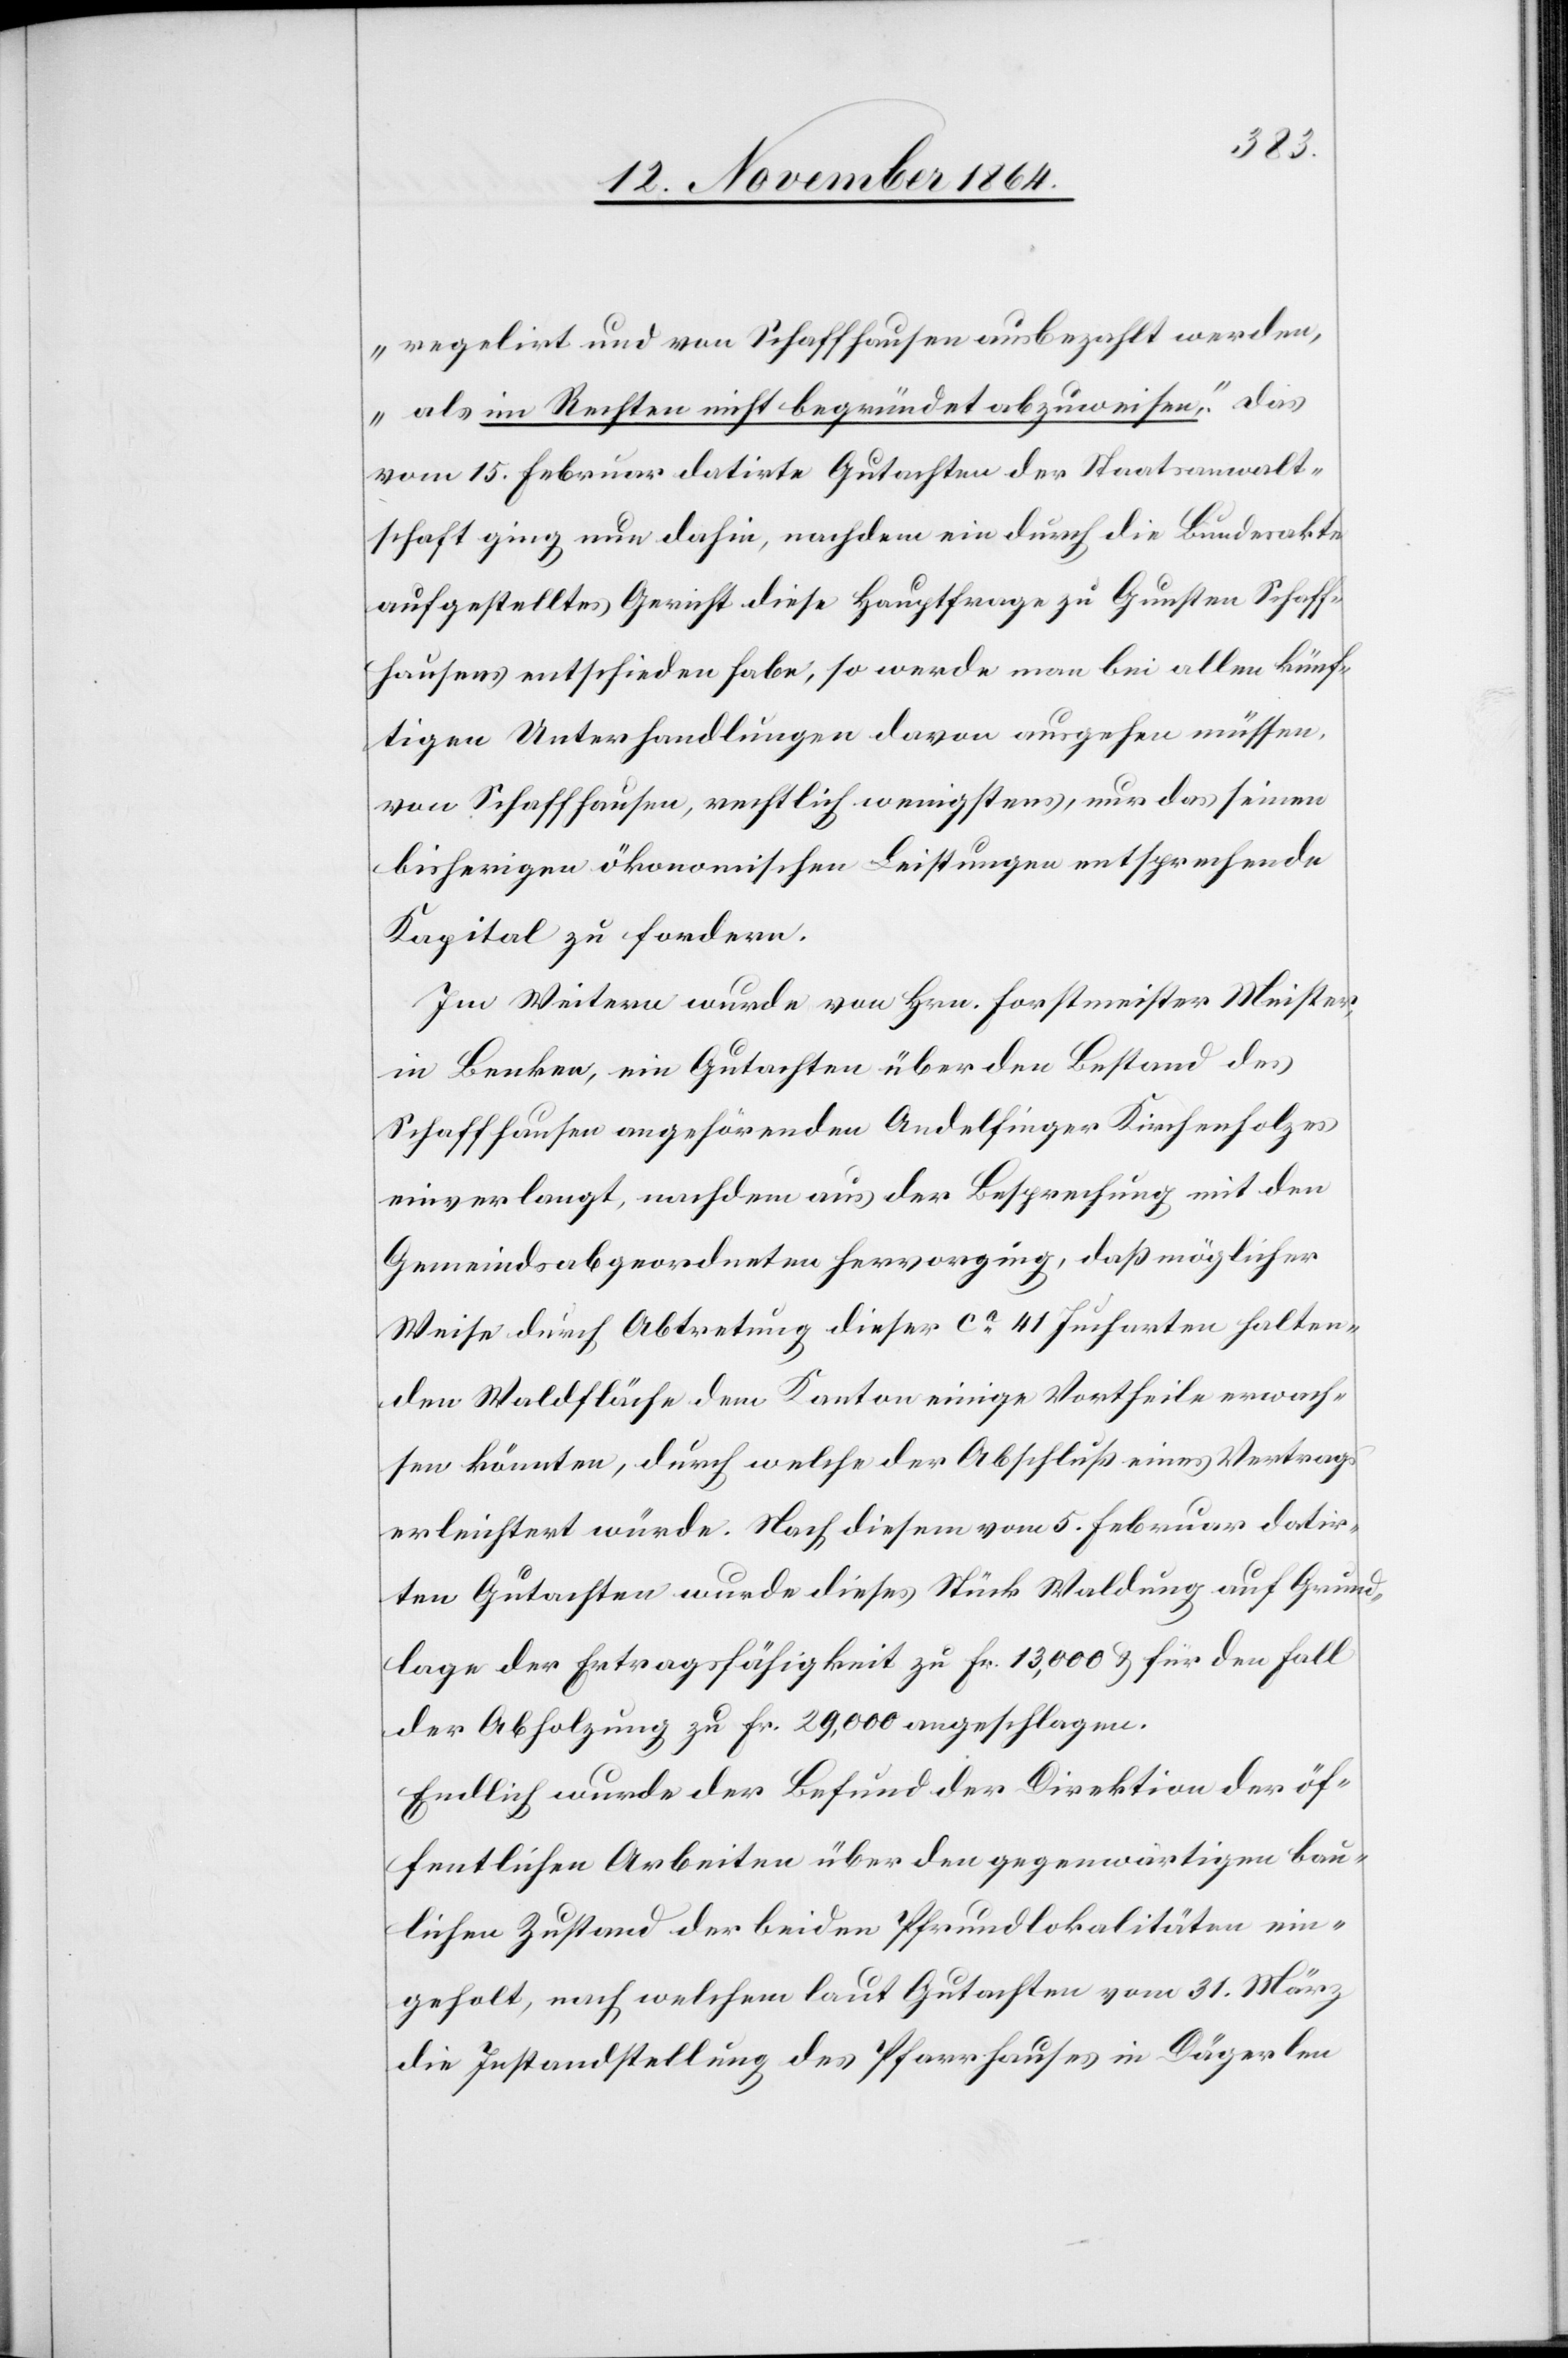
als im Rechten nicht begründet abzuweisen;“ das
vom 15. Februar datirte Gutachten der Staatsanwalt¬
schaft ging nun dahin, nachdem ein durch die Bundesakte
aufgestelltes Gericht diese Hauptfrage zu Gunsten Schaff¬
hausens entschieden habe, so werde man bei allen künf¬
tigen Unterhandlungen davon ausgehen müssen,
von Schaffhausen, rechtlich wenigstens, nur das seinen
bisherigen ökonomischen Leistungen entsprechende
Kapital zu fordern.
Im Weitern wurde von Hrn. Forstmeister Meister,
in Benken, ein Gutachten über den Bestand des
Schaffhausen angehörenden Andelfinger Kirchenholzes
einverlangt, nachdem aus der Besprechung mit den
Gemeindsabgeordneten hervorging, daß möglicher
Weise durch Abtretung dieser ca 41 Jucharten halten¬
den Waldfläche dem Kanton einige Vortheile erwach¬
sen könnten, durch welche der Abschluß eines Vertrags
erleichtert würde. Nach diesem vom 5. Februar datir¬
ten Gutachten wurde dieses Stück Waldung auf Grund¬
lage der Ertragsfähigkeit zu Fr. 13,000 & für den Fall
der Abholzung zu Fr. 29,000 angeschlagen.
Endlich wurde der Befund der Direktion der öf¬
fentlichen Arbeiten über den gegenwärtigen bau¬
lichen Zustand der beiden Pfundlokalitäten ein¬
geholt, nach welchem laut Gutachten vom 31. März
die Instandstellung des Pfarrhauses in Dägerlen